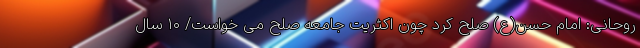
روحانی: امام حسن(ع) صلح کرد چون اکثریت جامعه صلح می خواست/ ۱۰ سال